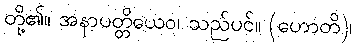
တို့၏။ အနာပတ္တိယေဝ၊ သည်ပင်။ (ဟောတိ)၊